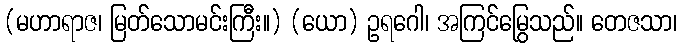
(မဟာရာဇ၊ မြတ်သောမင်းကြီး။) (ယော) ဥရဂေါ၊ အကြင်မြွေသည်။ တေဇသာ၊